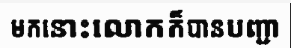
មកនោះលោកក៏បានបញ្ជា